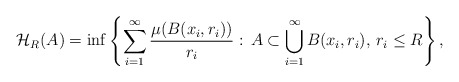
\begin{align*}\mathcal{H}_{R}(A)=\inf\left\{ \sum_{i=1}^{\infty}\frac{\mu(B(x_{i},r_{i}))}{r_{i}}:\, A\subset\bigcup_{i=1}^{\infty}B(x_{i},r_{i}),\, r_{i}\le R\right\},\end{align*}